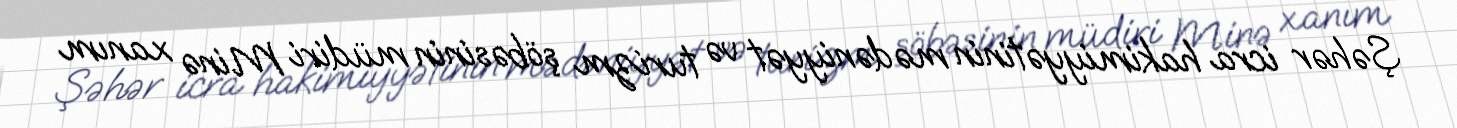
Şəhər icra hakimiyyətinin mədəniyyət və turizm şöbəsinin müdiri Minə xanım